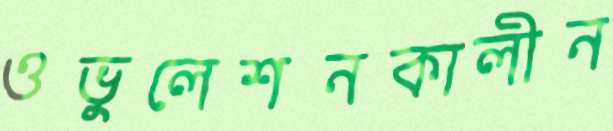
ওভুলেশনকালীন